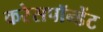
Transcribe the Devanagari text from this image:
करेसपॉन्डेंट